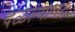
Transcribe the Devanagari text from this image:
दळल्यावर